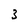
Character: 3